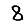
Digit: 8